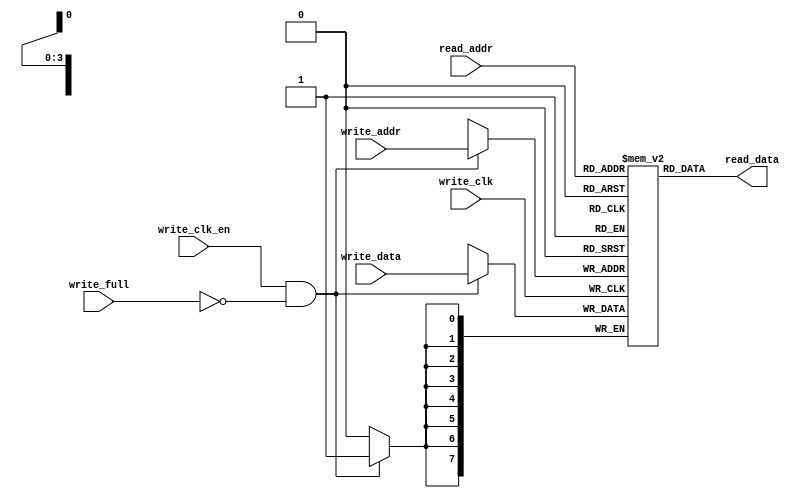
module fifo_mem#(parameter DATA_SIZE=8,parameter ADDR_SIZE=4)(write_addr,write_data,read_data,read_addr,write_clk,write_clk_en,write_full);

parameter DEPTH=1<<ADDR_SIZE;

input[DATA_SIZE-1:0] write_data;
input[ADDR_SIZE-1:0] write_addr,read_addr;
output[DATA_SIZE-1:0] read_data;
input write_clk,write_clk_en,write_full;

reg[DATA_SIZE-1:0] mem[0:DEPTH-1];


always@(posedge write_clk)
	if(write_clk_en && ~write_full)
		mem[write_addr]<=write_data;
		
assign read_data = mem[read_addr];

endmodule